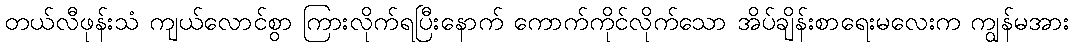
တယ်လီဖုန်းသံ ကျယ်လောင်စွာ ကြားလိုက်ရပြီးနောက် ကောက်ကိုင်လိုက်သော အိပ်ချိန်းစာရေးမလေးက ကျွန်မအား